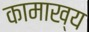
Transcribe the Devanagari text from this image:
कामाख्य